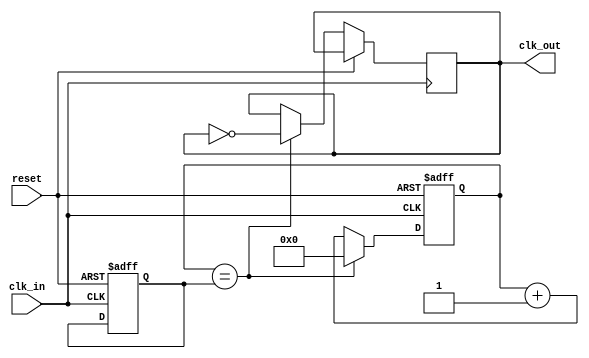
module fractional_clock_divider (
    input clk_in,
    input reset,
    output reg clk_out
);

reg [7:0] divider;
reg [7:0] counter;

always @ (posedge clk_in or posedge reset) begin
    if (reset) begin
        counter <= 0;
        divider <= 0;
    end else begin
        if (counter == divider) begin
            counter <= 0;
            clk_out <= ~clk_out;
        end else begin
            counter <= counter + 1;
        end
    end
end

endmodule